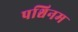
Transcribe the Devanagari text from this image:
पश्चिनम